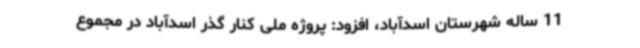
11 ساله شهرستان اسدآباد، افزود: پروژه ملی کنار گذر اسدآباد در مجموع